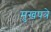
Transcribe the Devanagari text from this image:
मुखपत्रे